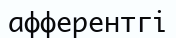
афферентгі